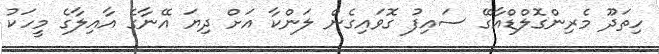
ހިތަދޫ މެރިންގޮލްޑްއާގޭ ސައިފު ގޮވައިގެން ލަންކާ އަށް ދިޔަ އޭނާގެ އާއިލާގެ މީހަކު